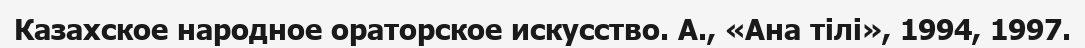
Казахское народное ораторское искусство. А., «Ана тілі», 1994, 1997.